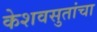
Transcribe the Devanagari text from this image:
केशवसुतांचा